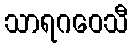
သာရဂဝေသီ